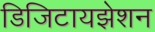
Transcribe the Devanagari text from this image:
डिजिटायझेशन